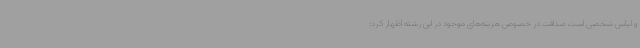
و لباس شخصی است صداقت در خصوص هزینه‌های موجود در این رشته اظهار کرد: